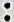
: